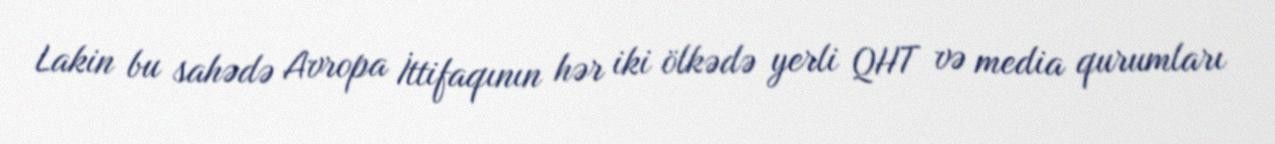
Lakin bu sahədə Avropa İttifaqının hər iki ölkədə yerli QHT və media qurumları